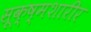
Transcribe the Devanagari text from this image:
सूक्ष्मशारीर